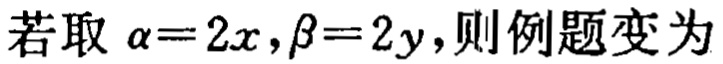
若取 \(\alpha = 2x,\beta = 2y\)，则例题变为